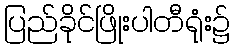
ပြည်ခိုင်ဖြိုးပါတီရုံး၌